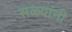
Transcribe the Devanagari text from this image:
सळ्यांनी